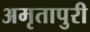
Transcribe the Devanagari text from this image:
अमृतापुरी